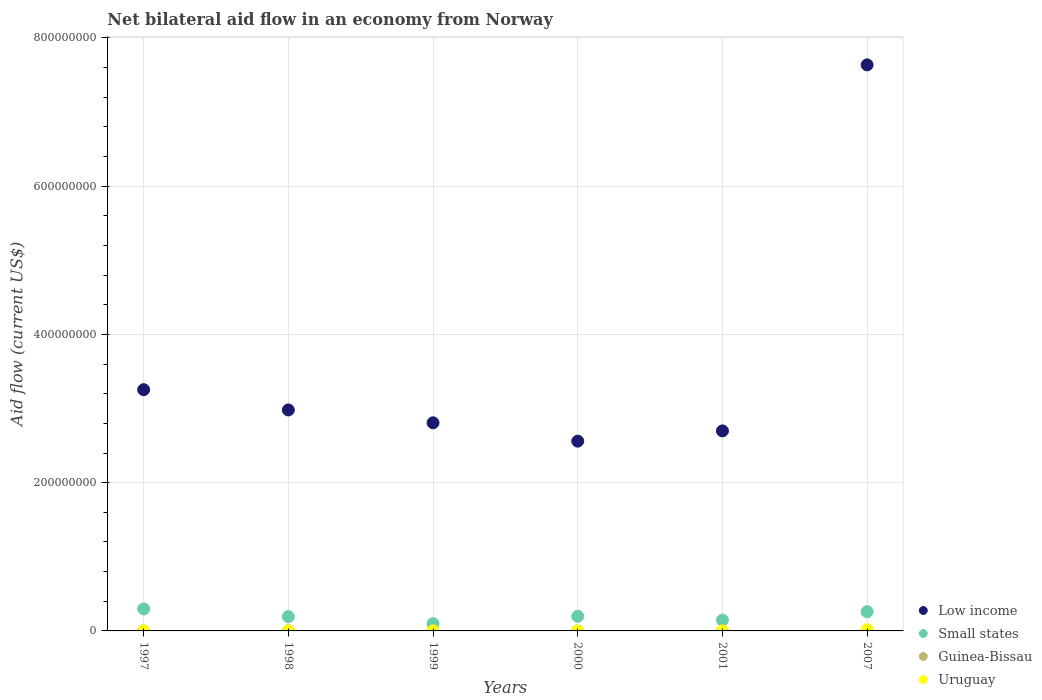
| Years | Low income | Small states | Guinea-Bissau | Uruguay |
 | --- | --- | --- | --- | --- |
 | 1997 | 3.25e+08 | 2.97e+07 | 2e+04 | 2e+04 |
 | 1998 | 2.98e+08 | 1.93e+07 | 3.1e+05 | 4e+04 |
 | 1999 | 2.81e+08 | 9.85e+06 | 2e+04 | 5e+04 |
 | 2000 | 2.56e+08 | 1.97e+07 | 1e+04 | 3e+04 |
 | 2001 | 2.7e+08 | 1.45e+07 | 2e+04 | 1e+04 |
 | 2007 | 7.64e+08 | 2.6e+07 | 6.9e+05 | 1.71e+06 |